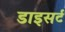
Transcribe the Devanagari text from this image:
डाइसर्ट